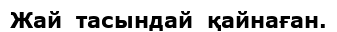
Жай  тасындай  қайнаған.